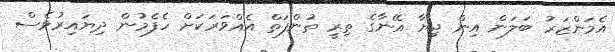
އެމަންޒަރު ބަލަން އިން ޖިޔާ އޭނާގެ ތިރީ ތުންފަތް އެއްވަރަކަށް ހެފެމުން ދިޔައިރުވެސް